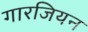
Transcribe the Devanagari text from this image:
गारजियन